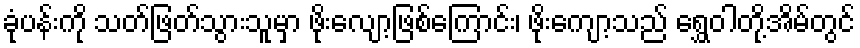
ခုံပန်းကို သတ်ဖြတ်သွားသူမှာ ဖိုးလျော့ဖြစ်ကြောင်း၊ ဖိုးကျော့သည် ရွှေဝါတို့အိမ်တွင်